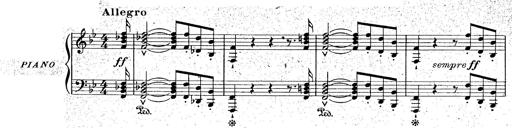
Title: La Marseillaise
Composer: Franz Liszt
Key: B-flat major